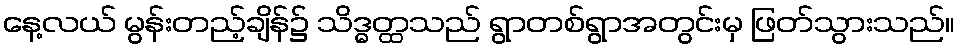
နေ့လယ် မွန်းတည့်ချိန်၌ သိဒ္ဓတ္ထသည် ရွာတစ်ရွာအတွင်းမှ ဖြတ်သွားသည်။